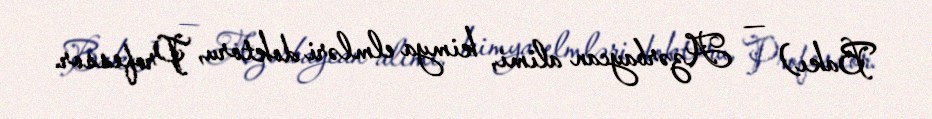
Bakı) — Azərbaycan alimi, kimya elmləri doktoru, Professor.